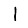
Digit: 1